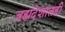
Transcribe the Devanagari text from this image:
ब्रह्मदेशातही